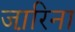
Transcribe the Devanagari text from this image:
जा़रिना